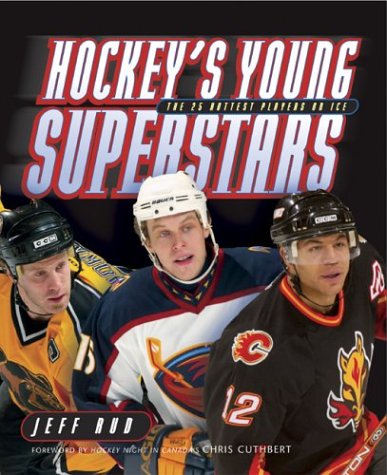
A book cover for Hockey's Young Superstars (Discoveries in Palaeontology); Jeff Rud; Teen & Young Adult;